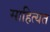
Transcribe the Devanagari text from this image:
साहित्यत